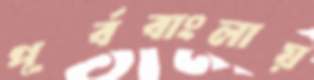
পূর্ববাংলায়